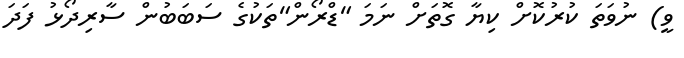
ވީ) ނުވަތަ ކުރުކޮށް ކިޔާ ގޮތަށް ނަމަ "ޑްރޯން"ތަކުގެ ސަބަބުން ސާރިދޯޅު ފަދަ